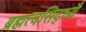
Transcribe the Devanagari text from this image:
ब्रह्मत्वसिद्ध्यै